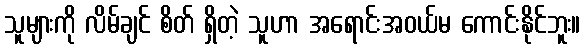
သူများကို လိမ်ချင် စိတ် ရှိတဲ့ သူဟာ အရောင်းအဝယ်မ ကောင်းနိုင်ဘူး။